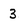
Character: 3